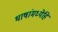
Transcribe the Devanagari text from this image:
भाषांमध्येहि